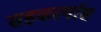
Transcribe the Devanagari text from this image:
सहकार्यास